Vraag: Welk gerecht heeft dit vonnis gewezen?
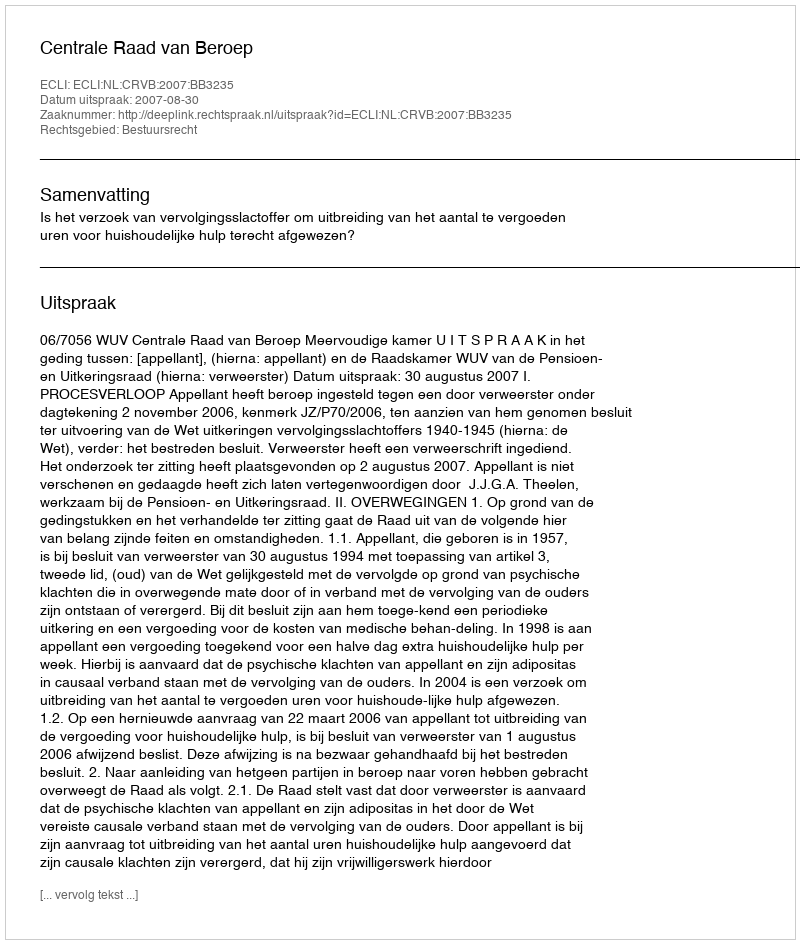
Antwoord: Centrale Raad van Beroep